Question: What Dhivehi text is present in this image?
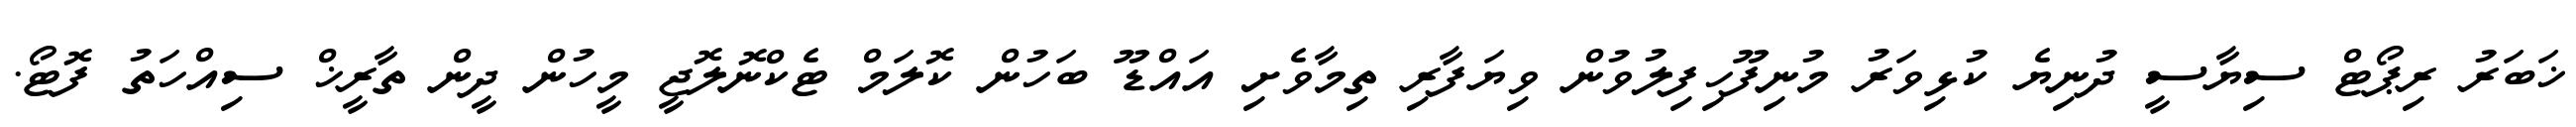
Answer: ޚަބަރު ރިޕޯޓް ސިޔާސީ ދުނިޔެ ކުޅިވަރު މުނިފޫހިފިލުވުން ވިޔަފާރި ތިމާވެށި އައްޑޫ ބަހުން ކޮލަމް ޓެކްނޮލޮޖީ މީހުން ދީން ތާރީޚް ސިއްހަތު ފޮޓޯ.